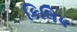
કિલિપ